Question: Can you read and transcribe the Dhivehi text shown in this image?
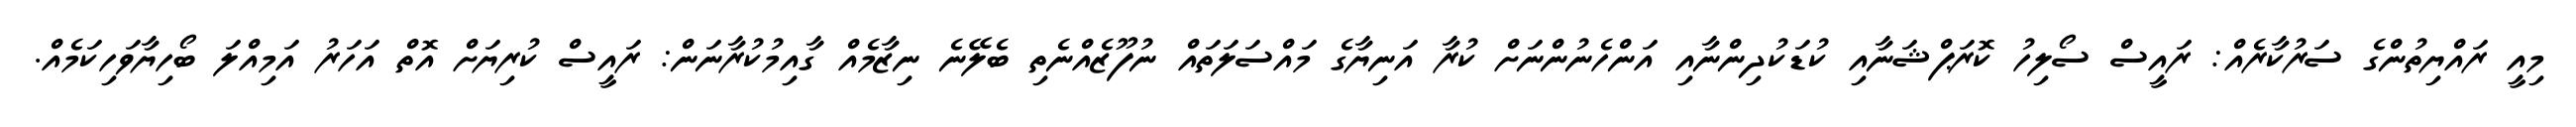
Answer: މިއީ ރައްޔިތުންގެ ސަރުކާރެއް: ރައީސް ސޯލިހު ކޮރަޕްޝަނާއި ކުޑަކުދިންނާއި އަންހެނުންނަށް ކުރާ އަނިޔާގެ މައްސަލަތައް ނުފޫޒެއްނެތި ބެލޭނެ ނިޒާމެއް ގާއިމުކުރާނަން: ރައީސް ކުރިޔަށް އޮތް އަހަރު އަމިއްލަ ބޯހިޔާވަހިކަމެއް.